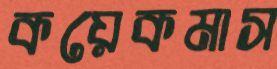
কয়েকমাস